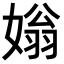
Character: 𡟸